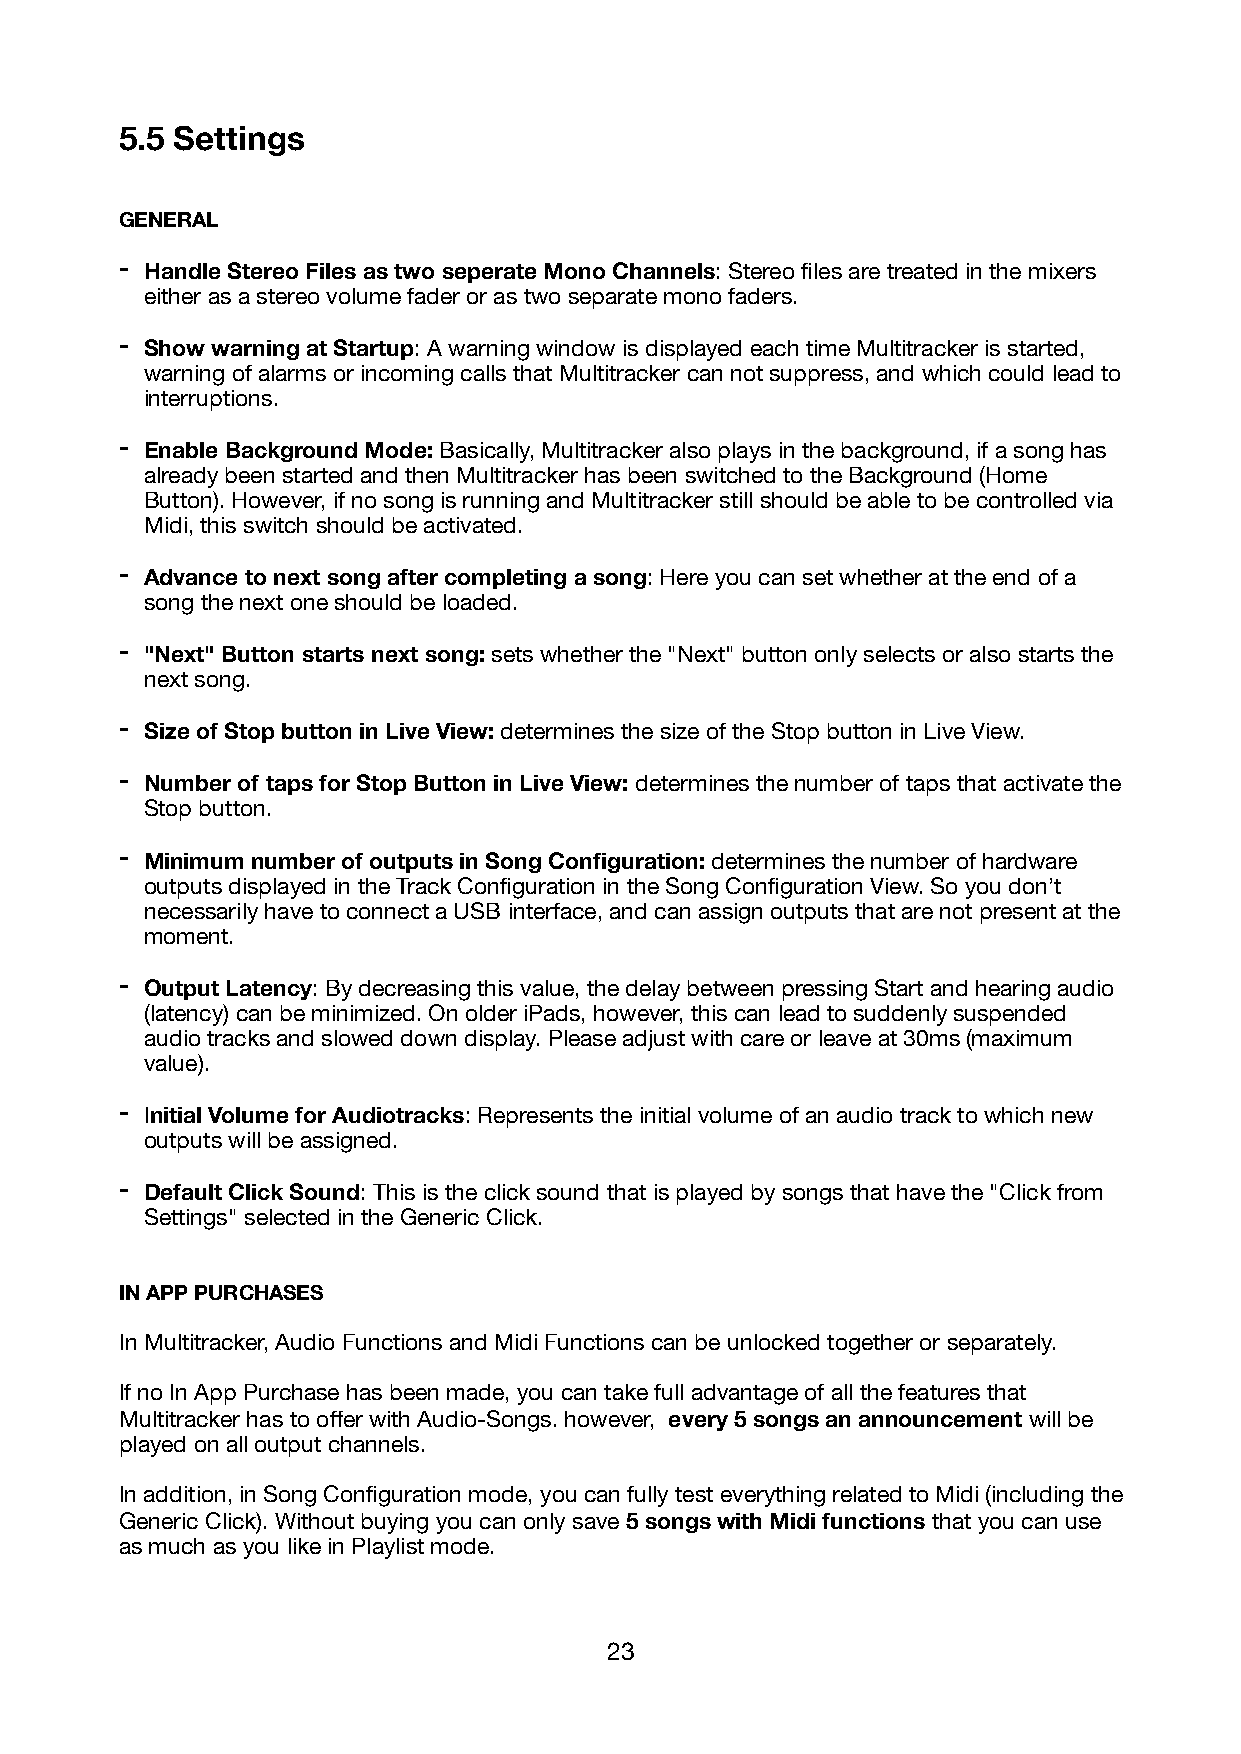
5.5 Settings
 GENERAL
 - Handle Stereo Files as two seperate Mono Channels: Stereo files are treated in the mixers
 either as a stereo volume fader or as two separate mono faders.
 - Show warning at Startup: A warning window is displayed each time Multitracker is started,
 warning of alarms or incoming calls that Multitracker can not suppress, and which could lead to
 interruptions.
 - Enable Background Mode: Basically, Multitracker also plays in the background, if a song has
 already been started and then Multitracker has been switched to the Background (Home
 Button). However, if no song is running and Multitracker still should be able to be controlled via
 Midi, this switch should be activated.
 - Advance to next song after completing a song: Here you can set whether at the end of a
 song the next one should be loaded.
 - "Next" Button starts next song: sets whether the "Next" button only selects or also starts the
 next song.
 - Size of Stop button in Live View: determines the size of the Stop button in Live View.
 - Number of taps for Stop Button in Live View: determines the number of taps that activate the
 Stop button.
 - Minimum number of outputs in Song Configuration: determines the number of hardware
 outputs displayed in the Track Configuration in the Song Configuration View. So you don’t
 necessarily have to connect a USB interface, and can assign outputs that are not present at the
 moment.
 - Output Latency: By decreasing this value, the delay between pressing Start and hearing audio
 (latency) can be minimized. On older iPads, however, this can lead to suddenly suspended
 audio tracks and slowed down display. Please adjust with care or leave at 30ms (maximum
 value).
 - Initial Volume for Audiotracks: Represents the initial volume of an audio track to which new
 outputs will be assigned.
 - Default Click Sound: This is the click sound that is played by songs that have the "Click from
 Settings" selected in the Generic Click.
 IN APP PURCHASES
 In Multitracker, Audio Functions and Midi Functions can be unlocked together or separately.
 If no In App Purchase has been made, you can take full advantage of all the features that
 Multitracker has to offer with Audio-Songs. however, every 5 songs an announcement will be
 played on all output channels.
 In addition, in Song Configuration mode, you can fully test everything related to Midi (including the
 Generic Click). Without buying you can only save 5 songs with Midi functions that you can use
 as much as you like in Playlist mode.
 23